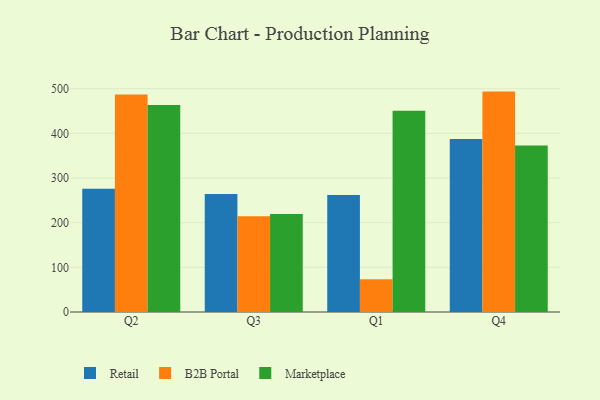
{"axis": {"x": "Quarter", "y": "Customer Acquisition Cost (USD)"}, "legend": ["B2B Portal", "Marketplace", "Retail"], "data": [{"x": "Q2", "y": 276.0, "type": "Retail"}, {"x": "Q2", "y": 487.2, "type": "B2B Portal"}, {"x": "Q2", "y": 463.8, "type": "Marketplace"}, {"x": "Q3", "y": 264.2, "type": "Retail"}, {"x": "Q3", "y": 214.4, "type": "B2B Portal"}, {"x": "Q3", "y": 219.6, "type": "Marketplace"}, {"x": "Q1", "y": 262.2, "type": "Retail"}, {"x": "Q1", "y": 73.6, "type": "B2B Portal"}, {"x": "Q1", "y": 450.5, "type": "Marketplace"}, {"x": "Q4", "y": 387.3, "type": "Retail"}, {"x": "Q4", "y": 493.6, "type": "B2B Portal"}, {"x": "Q4", "y": 373.0, "type": "Marketplace"}]}